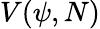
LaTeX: V(\psi,N)